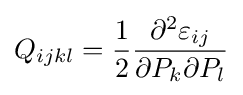
Q_{ijkl}={\frac {1}{2}}{\frac {\partial ^{2}\varepsilon _{ij}}{\partial P_{k}\partial P_{l}}}